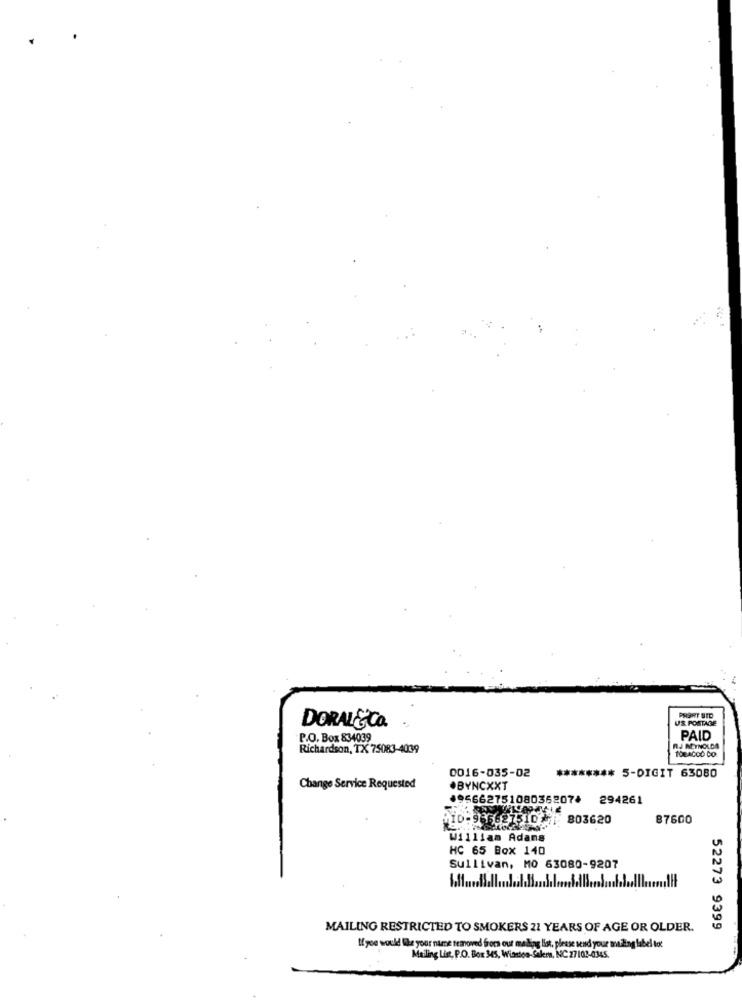
US POSTAGE
DORAL&CO.
P.O. Box 834039
PAID
Richardson, TX 75083-4039
RJ REYNOLDS
TOBACCO CO.
0016-035-02
****
** 5-DIGIT 63080
Change Service Requested
*BYNCXXT
49566275108036207* 294261
:965.27510 - 803620
87600
William Adans
HC 65 Box 140
Sullivan, MO 63080-9207
MAILING RESTRICTED TO SMOKERS 21 YEARS OF AGE OR OLDER.
52273 9399
If you would like your name removed from our mailing list, please send your mizing label tot
Mailing List, P.O. Box 345, Winston-Salem, NC 27102-0345.